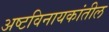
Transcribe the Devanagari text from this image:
अष्टविनायकांतील